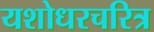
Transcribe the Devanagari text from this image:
यशोधरचरित्र